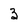
Character: 3